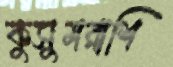
কুসুমরাশি